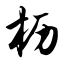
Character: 枥